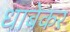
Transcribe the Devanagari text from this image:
धाबेकर